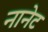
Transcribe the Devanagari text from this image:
नानेट